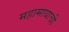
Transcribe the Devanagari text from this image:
महामायाची